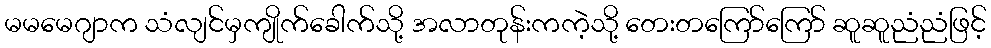
မမမေဂျာက သံလျင်မှကျိုက်ခေါက်သို့ အလာတုန်းကကဲ့သို့ တေးတကြော်ကြော် ဆူဆူညံညံဖြင့်